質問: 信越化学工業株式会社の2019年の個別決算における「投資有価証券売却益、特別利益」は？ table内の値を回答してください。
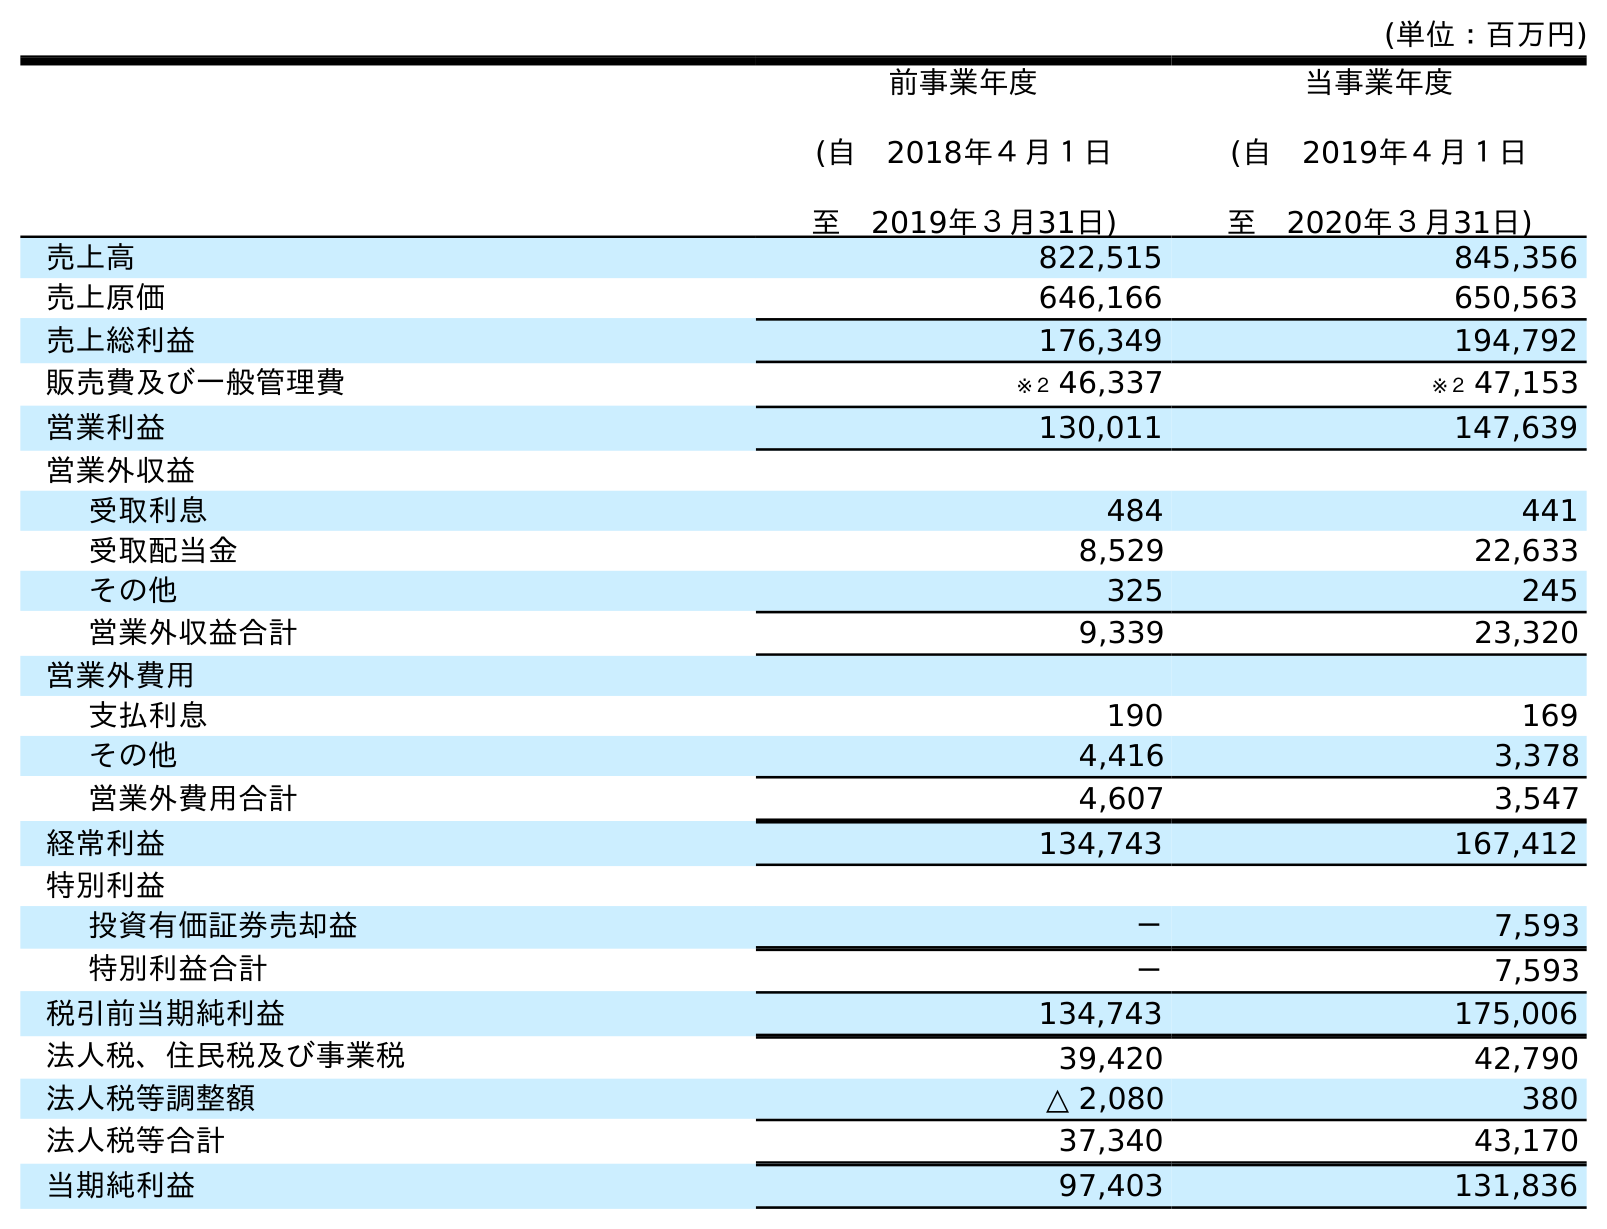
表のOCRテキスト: (単位：百万円) 前事業年度 (自 2018年４月１日 至 2019年３月31日) 当事業年度 (自 2019年４月１日 至 2020年３月31日) 売上高 822,515 845,356 売上原価 646,166 650,563 売上総利益 176,349 194,792 販売費及び一般管理費 ※２ 46,337 ※２ 47,153 営業利益 130,011 147,639 営業外収益 受取利息 484 441 受取配当金 8,529 22,633 その他 325 245 営業外収益合計 9,339 23,320 営業外費用 支払利息 190 169 その他 4,416 3,378 営業外費用合計 4,607 3,547 経常利益 134,743 167,412 特別利益 投資有価証券売却益 － 7,593 特別利益合計 － 7,593 税引前当期純利益 134,743 175,006 法人税、住民税及び事業税 39,420 42,790 法人税等調整額 △ 2,080 380 法人税等合計 37,340 43,170 当期純利益 97,403 131,836
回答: －